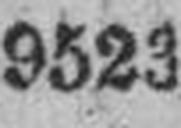
9523